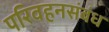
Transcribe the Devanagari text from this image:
परिवहनसंबंध